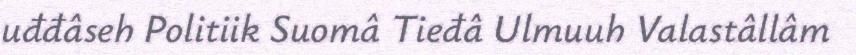
uđđâseh Politiik Suomâ Tieđâ Ulmuuh Valastâllâm